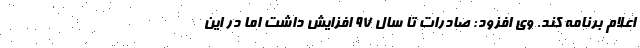
اعلام برنامه کند. وی افزود: صادرات تا سال ۹۷ افزایش داشت اما در این